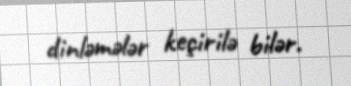
dinləmələr keçirilə bilər.